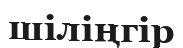
шіліңгір